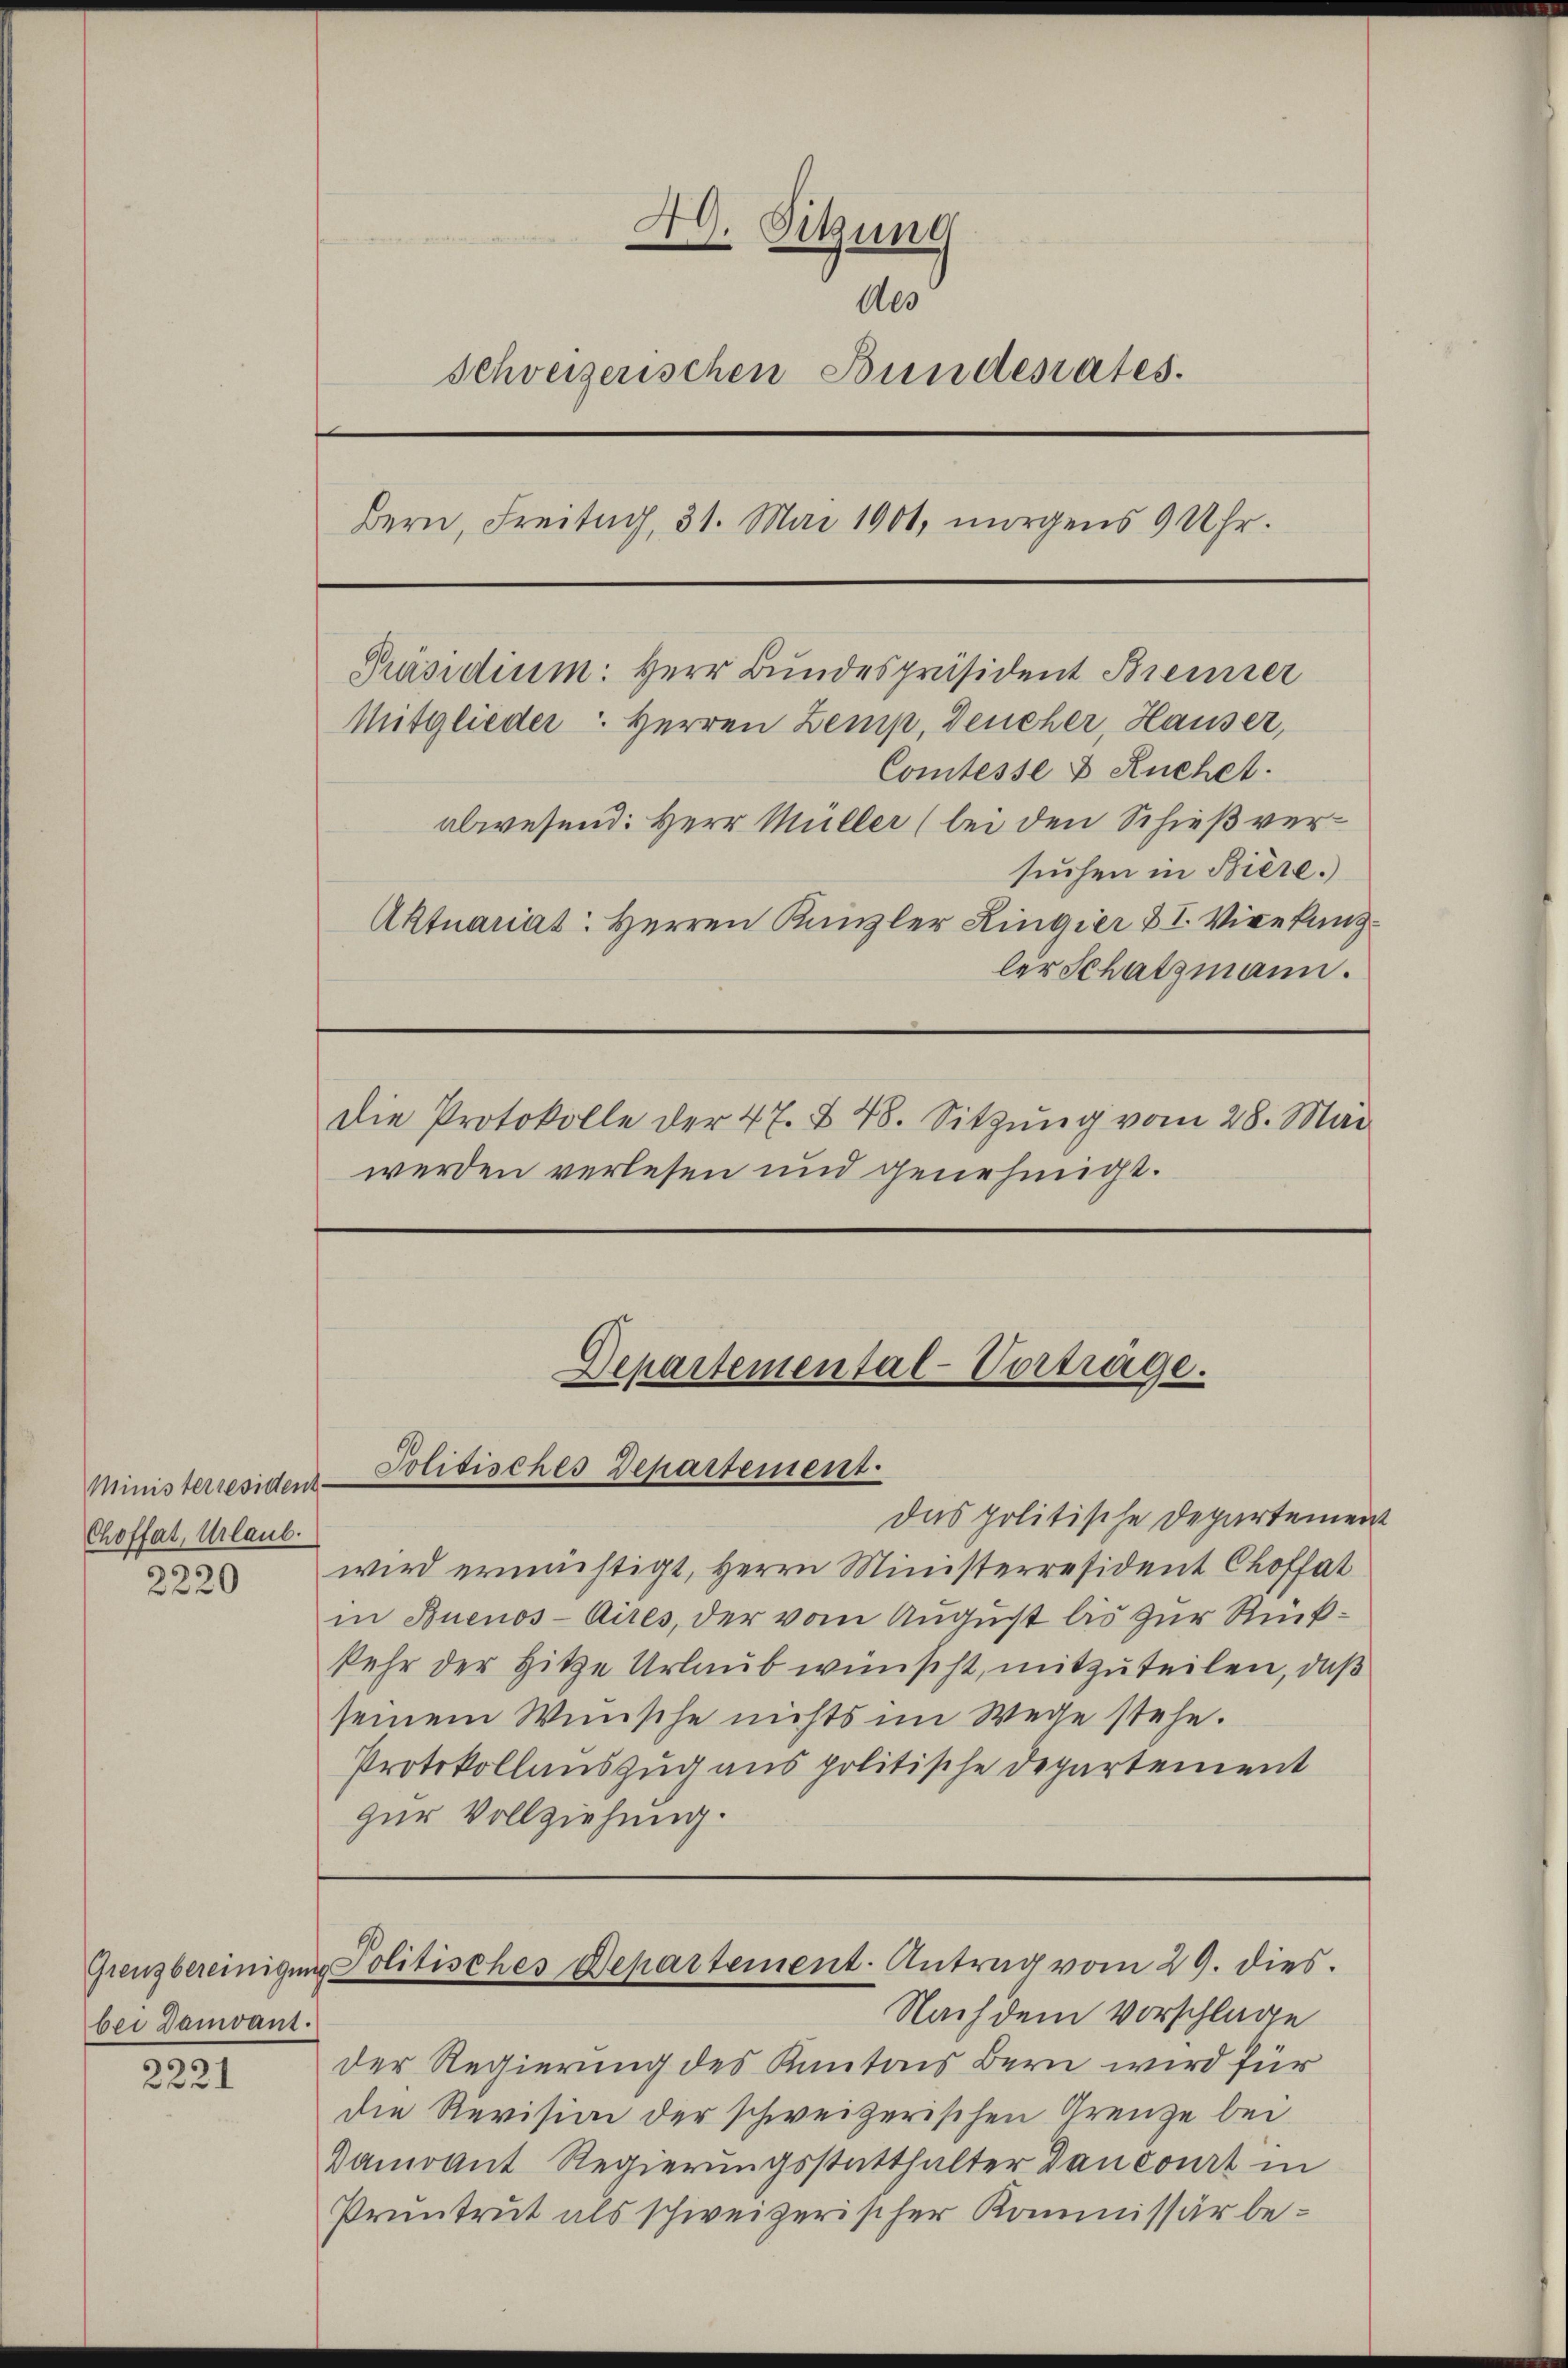
Ministerresident
Choffat, Urlaub.

bei Damvant.

2221

werden verlesen und genehmigt.

49. Sitzung
des
Schweizerischen Bundesrates.
Bern, Freitag, 31. Mai 1901, morgens 9 Uhr.
Präsidium: Herr Bundespräsident Bremer
Mitglieder: Herren Zemp, Deucher Hauser,
Comtesse & Ruchet.
abwesend: Herr Müller (bei den Schießversuchen in Biere.)
Aktuariat Herren Kanzler Ringier II. Vicekunler Schatzmann.

das politische Departement
82 wird ermächtigt, Herrn Ministerresident Choffat
in Buenos-Aires, der vom August bis zur Rückkehr der Hitze Urlaub wünscht, mitzuteilen, daß
seinem Wünsche nichts im Wege stehe.
Protokollauszug aus politische Departement
zur Vollziehung.

die Protokolle der 47. § 48. Sitzŭng vom 28. Mai

Departemental-Vortrage.
Politisches Departement.

Nach dem Vorschlage
Der Regierung des Kantons Bern wird für
die Revision der schweizerischen Grenze bei
Damoant Regierungsstatthalter Dancourt in
Pruntrut als schweizerischer Kommissär be¬

Grenzbereinigung Politisches Departement. Antrag vom 29. dies.